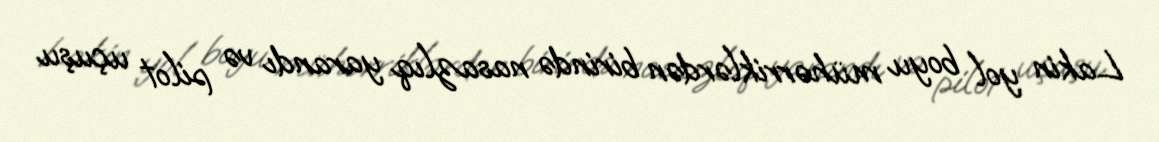
Lakin yol boyu mühərriklərdən birində nasazlıq yarandı və pilot uçuşu